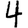
Digit: 4